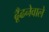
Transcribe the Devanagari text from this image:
ढूँढनेवाले